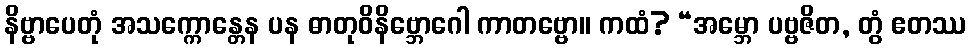
နိဗ္ဗာပေတုံ အသက္ကောန္တေန ပန ဓာတုဝိနိဗ္ဘောဂေါ ကာတဗ္ဗော။ ကထံ? “အမ္ဘော ပဗ္ဗဇိတ, တွံ ဧတဿ